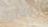
وثلاثون